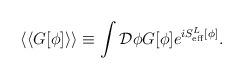
LaTeX: \begin{align*}\langle\langle G[\phi]\rangle\rangle\equiv\int{\cal D} \phi G[\phi]e^{iS^L_{\rm eff}[\phi]}.\end{align*}